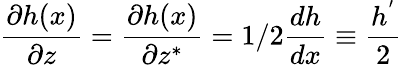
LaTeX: \frac{\partial h(x)}{\partial z}=\frac{\partial h(x)}{\partial z^{*}}=1/2\frac{dh}{dx}\equiv\frac{h^{'}}{2}